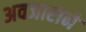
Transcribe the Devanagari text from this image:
अवजाराने